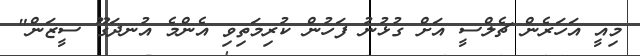
މިއީ އަހަރެން ޗެލްސީ އަށް ގުޅުނު ފަހުން ކުރިމަތިވި އެންމެ އުނދަގޫ ސީޒަން"